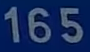
165